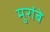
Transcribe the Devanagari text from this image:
मुरांबे